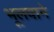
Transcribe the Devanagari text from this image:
भूलवाने